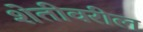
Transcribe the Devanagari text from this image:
शेतीवरील